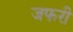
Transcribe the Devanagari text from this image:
जफरी